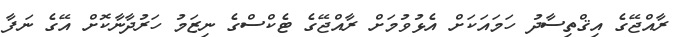
ރާއްޖޭގެ އިޤްތިސާދު ހަމައަކަށް އެޅުވުމަށް ރާއްޖޭގެ ޓެކްސްގެ ނިޒަމު ހަރުދާނާކޮށް އޭގެ ނަފާ